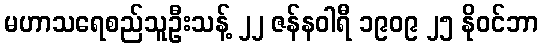
မဟာသရေစည်သူဦးသန့် ၂၂ ဇန်နဝါရီ ၁၉၀၉ ၂၅ နိုဝင်ဘာ